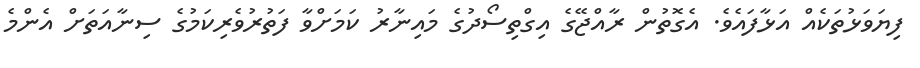
ފިޔަވަޅުތަކެއް އަޅާފައެވެ. އެގޮތުން ރާއްޖޭގެ އިގްތިސޯދުގެ މައިނާރު ކަމަށްވާ ފަތުރުވެރިކަމުގެ ސިނާއަތަށް އެންމެ